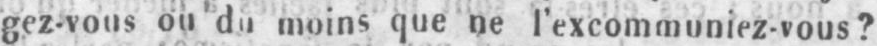
gez-vous ou du moins que ne l’excommuniez-vous?